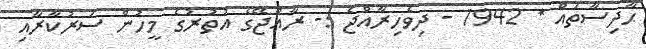
ޙާދިސާތައް * 1942 - ދިވެހިރާއްޖެ :- ރާއްޖޭގެ އުތުރުގެ މީހުން ސަރުކާރާއި